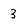
Character: 3